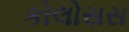
કોલોસસ